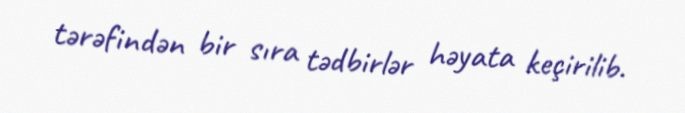
tərəfindən bir sıra tədbirlər həyata keçirilib.